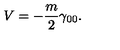
V = - \frac { m } 2 \gamma _ { 0 0 } .